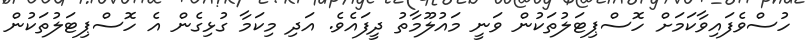
ހުސްވެފައިވާކަމަށް ހޮސްޕިޓަލުތަކުން ވަނީ މައުލޫމާތު ދީފައެވެ. އަދި މިކަމާ ގުޅިގެން އެ ހޮސްޕިޓަލުތަކުން